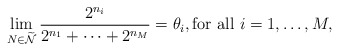
\begin{align*}\lim_{N\in\widetilde{\mathcal{N}}}\frac{2^{n_{i}}}{2^{n_{1}}+\cdots+2^{n_{M}}}=\theta_{i},\mbox{for all}\,\,i=1,\ldots,M,\end{align*}